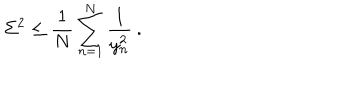
\Sigma ^ { 2 } \le \frac { 1 } { N } \sum _ { n = 1 } ^ { N } \frac { 1 } { y _ { n } ^ { 2 } } \: .